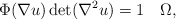
\begin{align*} \Phi (\nabla u) \det(\nabla^2u)=1\quad\Omega,\end{align*}